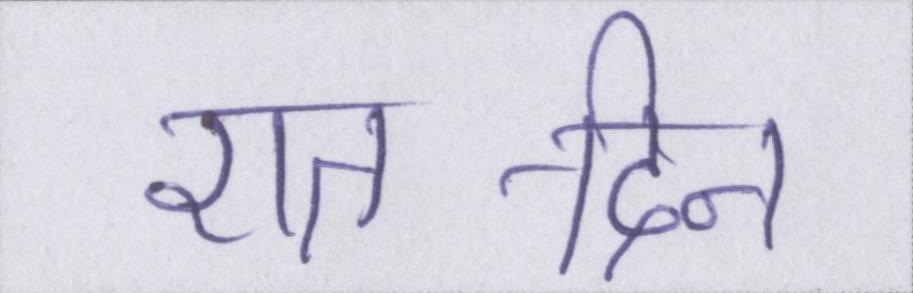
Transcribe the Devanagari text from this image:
रात-दिन